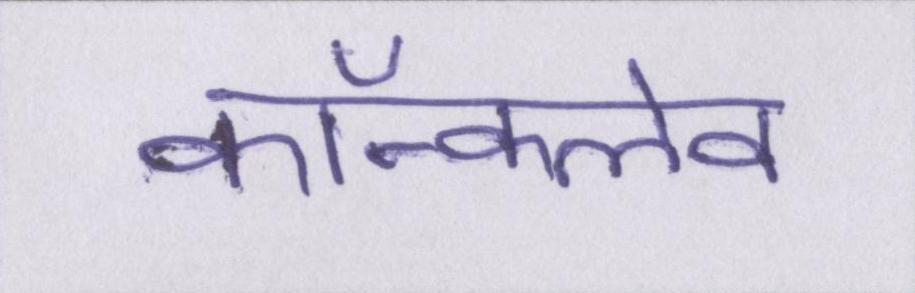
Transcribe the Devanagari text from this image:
कॉन्क्लेव